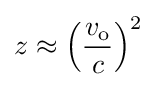
z\approx \left({\frac {v_{\text{o}}}{c}}\right)^{2}